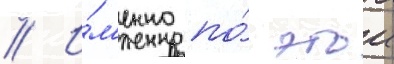
// И́м'енно по́ этои